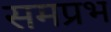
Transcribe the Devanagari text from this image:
समप्रभ